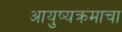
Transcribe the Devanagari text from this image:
आयुष्यक्रमाचा